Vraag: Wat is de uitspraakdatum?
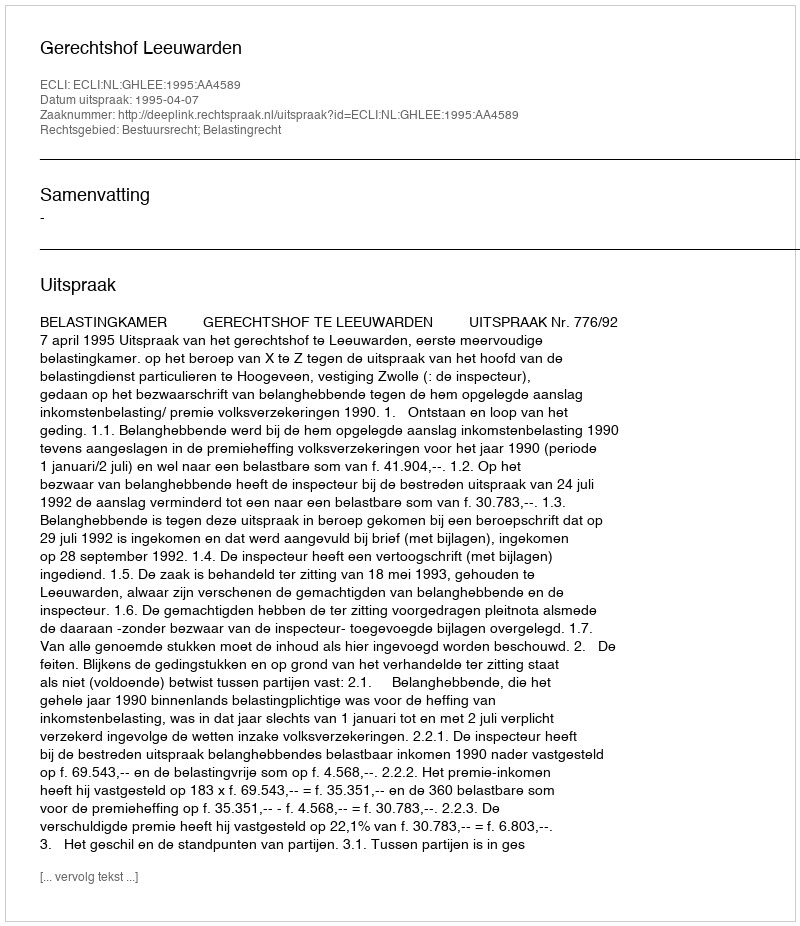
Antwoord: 1995-04-07